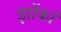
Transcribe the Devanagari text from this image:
झोंकां